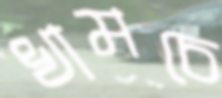
খামচে